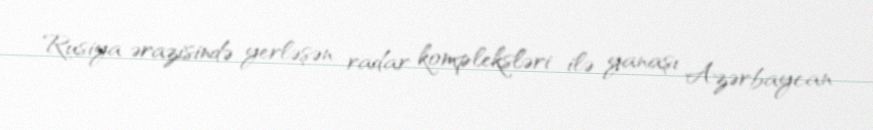
Rusiya ərazisində yerləşən radar kompleksləri ilə yanaşı Azərbaycan